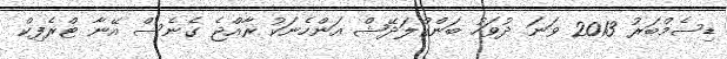
ޑިސެމްބަރު 2013 ވަނަ ދުވަހު ބަންގްލަދޭޝް އަންހެނަކު ރާއްޖެ ގެނެސް އޭނާ ޓްރެފިކް